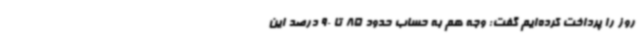
روز را پرداخت کرده‌ایم گفت: وجه هم به حساب حدود 85 تا 90 درصد این